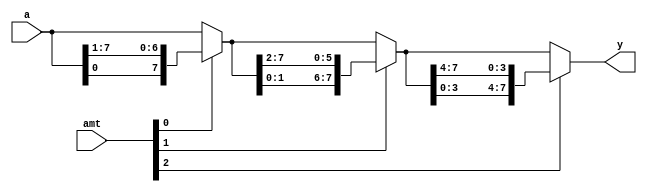
`timescale 1ns / 1ps

module barrel_shifter_stage
   (
    input wire [7:0] a,
    input wire [2:0] amt,
    output wire [7:0] y
   );

   // signal declaration
   wire [7:0] s0, s1;

   // body
   // stage 0, shift 0 or 1 bit
   assign s0 = amt[0] ? {a[0], a[7:1]} : a;
   // stage 1, shift 0 or 2 bits
   assign s1 = amt[1] ? {s0[1:0], s0[7:2]} : s0;
   // stage 2, shift 0 or 4 bits
   assign y = amt[2] ? {s1[3:0], s1[7:4]} : s1;

endmodule
/*
module barrel_shifter_stage (
	input wire [3:0] a,
	input wire [1:0] amt,
	output wire [3:0] y
	);
	//signal declaration
	wire [3:0] s0;	//, s1;
	//body
	//stage 0, shift 0 or 1 bit
	assign s0 = amt[0] ? {a[0], a[3:1]} : a;
	//stage 1, shift 0 or 2 bits
	assign y = amt[1] ? {s0[1:0], s0[3:2]} : s0;
	//assign s1 = amt[1] ? {s0[1:0], s0[3:2]} : s0;
	//stage 2, shift 0 or 4 bits
	//assign y = amt[2] ? {s1[3:0], s1[7:4]} : s1;
endmodule
*/